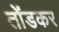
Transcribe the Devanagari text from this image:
तोंडकर